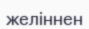
желіннен